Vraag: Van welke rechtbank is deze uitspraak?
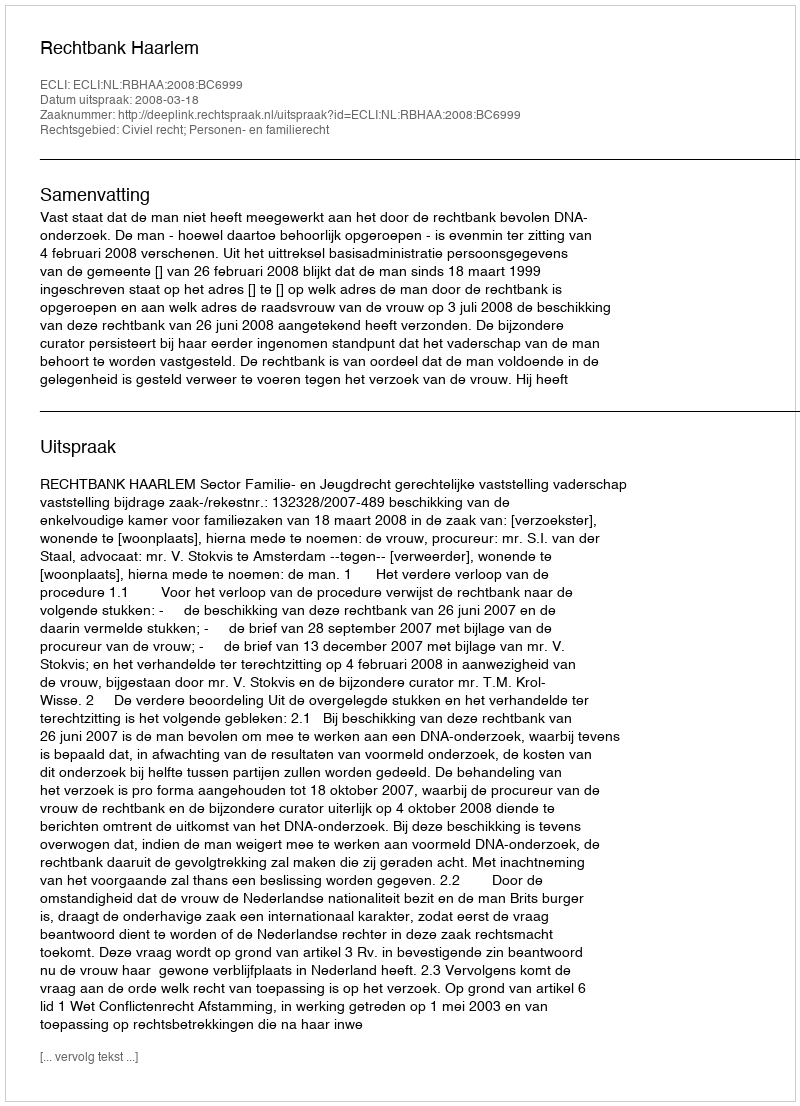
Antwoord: Rechtbank Haarlem